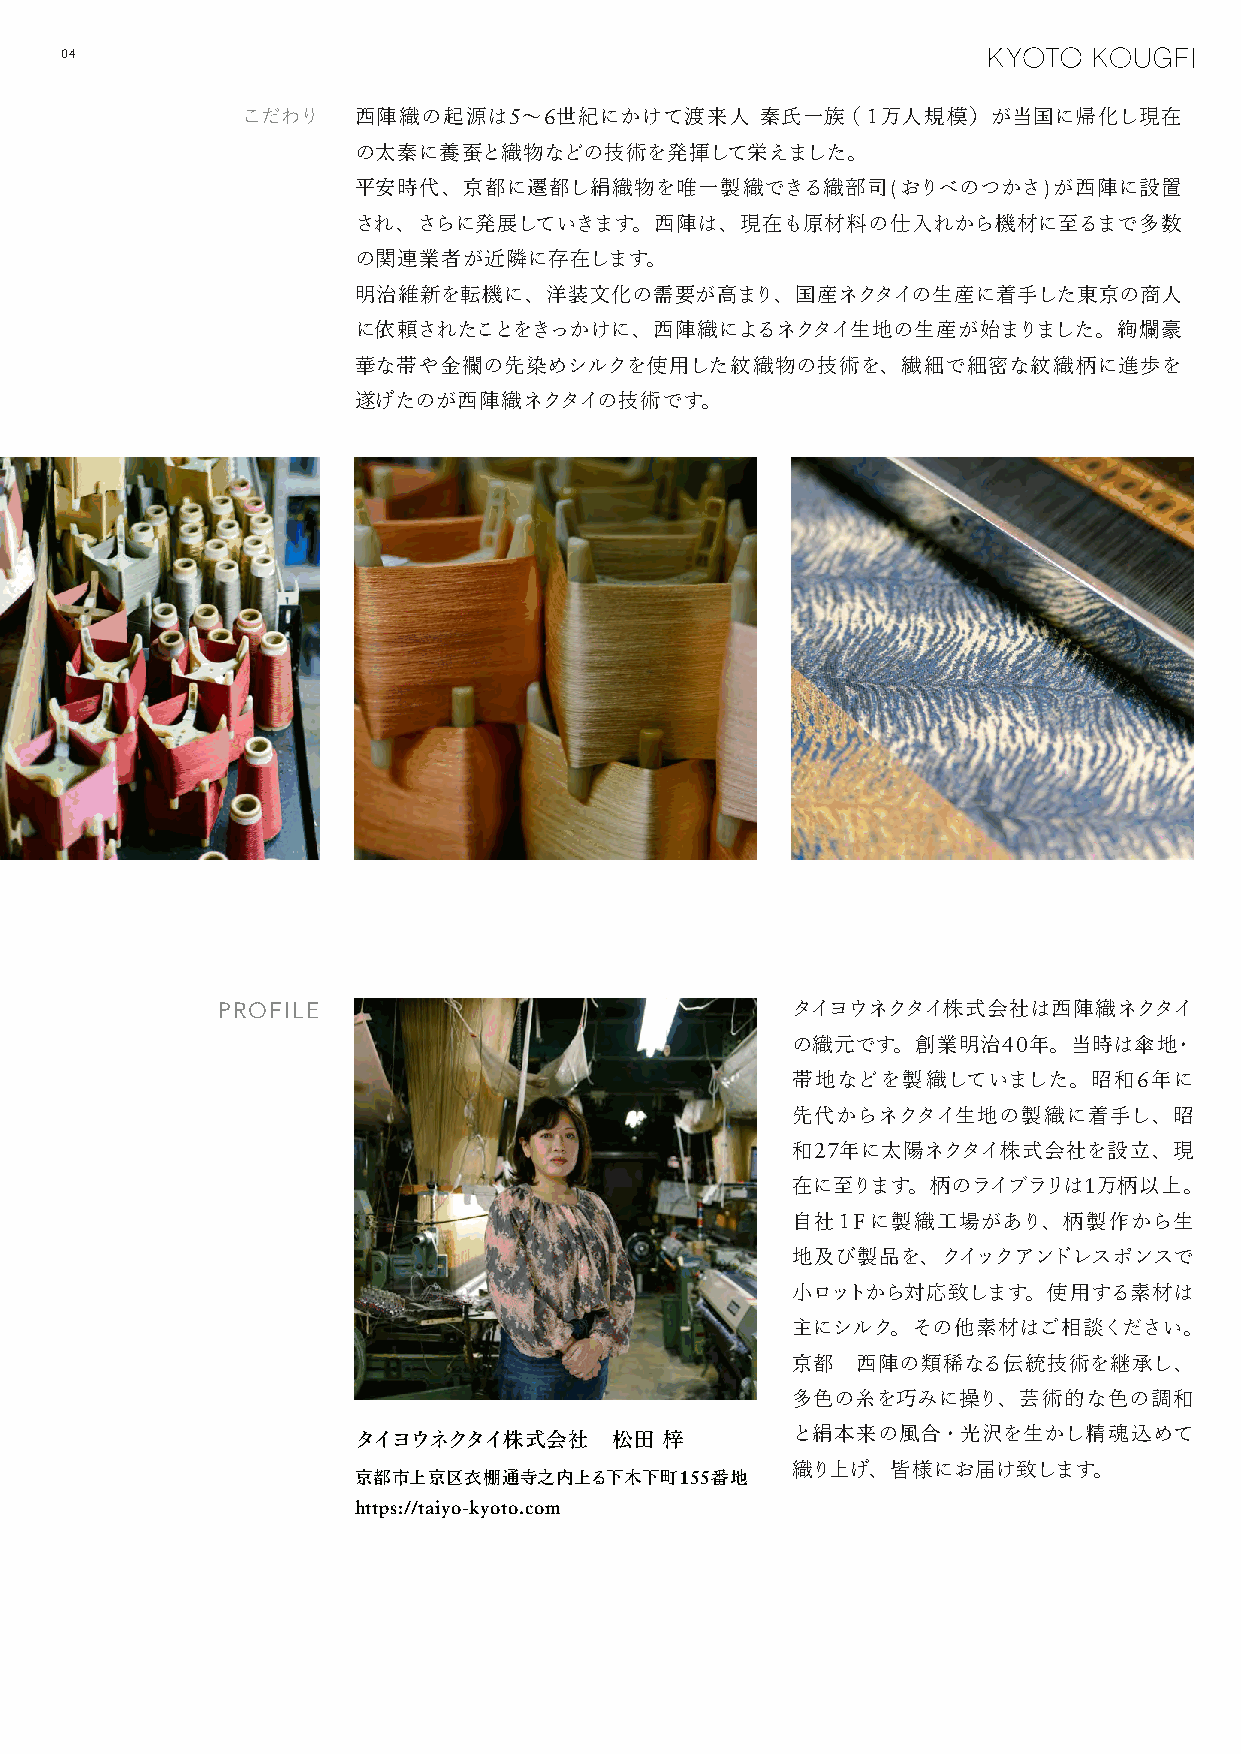
04
 こだわり   西陣織の起源は5～6世紀にかけて渡来人        秦氏一族（１万人規模）が当国に帰化し現在
 の太秦に養蚕と織物などの技術を発揮して栄えました。
 平安時代、京都に遷都し絹織物を唯一製織できる織部司(おりべのつかさ)が西陣に設置
 され、さらに発展していきます。西陣は、現在も原材料の仕入れから機材に至るまで多数
 の関連業者が近隣に存在します。
 明治維新を転機に、洋装文化の需要が高まり、国産ネクタイの生産に着手した東京の商人
 に依頼されたことをきっかけに、西陣織によるネクタイ生地の生産が始まりました。絢爛豪
 華な帯や金襴の先染めシルクを使用した紋織物の技術を、繊細で細密な紋織柄に進歩を
 遂げたのが西陣織ネクタイの技術です。
 PROFILE                               タイヨウネクタイ株式会社は西陣織ネクタイ
 の織元です。創業明治40年。当時は傘地・
 帯地などを製織していました。昭和6年に
 先代からネクタイ生地の製織に着手し、昭
 和27年に太陽ネクタイ株式会社を設立、現
 在に至ります。柄のライブラリは1万柄以上。
 自社１Fに製織工場があり、柄製作から生
 地及び製品を、クイックアンドレスポンスで
 小ロットから対応致します。使用する素材は
 主にシルク。その他素材はご相談ください。
 京都   西陣の類稀なる伝統技術を継承し、
 多色の糸を巧みに操り、芸術的な色の調和
 タイヨウネクタイ株式会社      松田 梓
 と絹本来の風合・光沢を生かし精魂込めて
 織り上げ、皆様にお届け致します。
 京都市上京区衣棚通寺之内上る下木下町155番地
 https://taiyo-kyoto.com